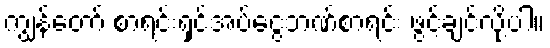
ကျွန်တော် စာရင်းရှင်အပ်ငွေဘဏ်စာရင်း ဖွင့်ချင်လို့ပါ။